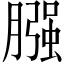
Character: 膙